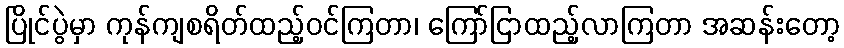
ပြိုင်ပွဲမှာ ကုန်ကျစရိတ်ထည့်ဝင်ကြတာ၊ ကြော်ငြာထည့်လာကြတာ အဆန်းတော့